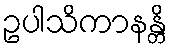
ဥပါသိကာနန္တိ